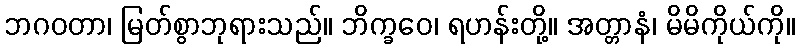
ဘဂဝတာ၊ မြတ်စွာဘုရားသည်။ ဘိက္ခဝေ၊ ရဟန်းတို့။ အတ္တာနံ၊ မိမိကိုယ်ကို။